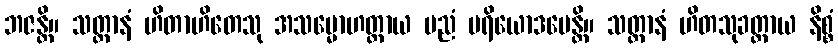
ဘဇန္တိ။ သတ္တာနံ ဟိတာဟိတေသု အသမ္မောဟတ္ထာယ ပညံ ပရိယောဒပေန္တိ။ သတ္တာနံ ဟိတသုခတ္ထာယ နိစ္စံ